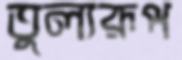
তুল্যরূপ